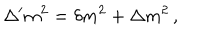
\Delta ^ { \prime } m ^ { 2 } = \delta m ^ { 2 } + \Delta m ^ { 2 } \, ,